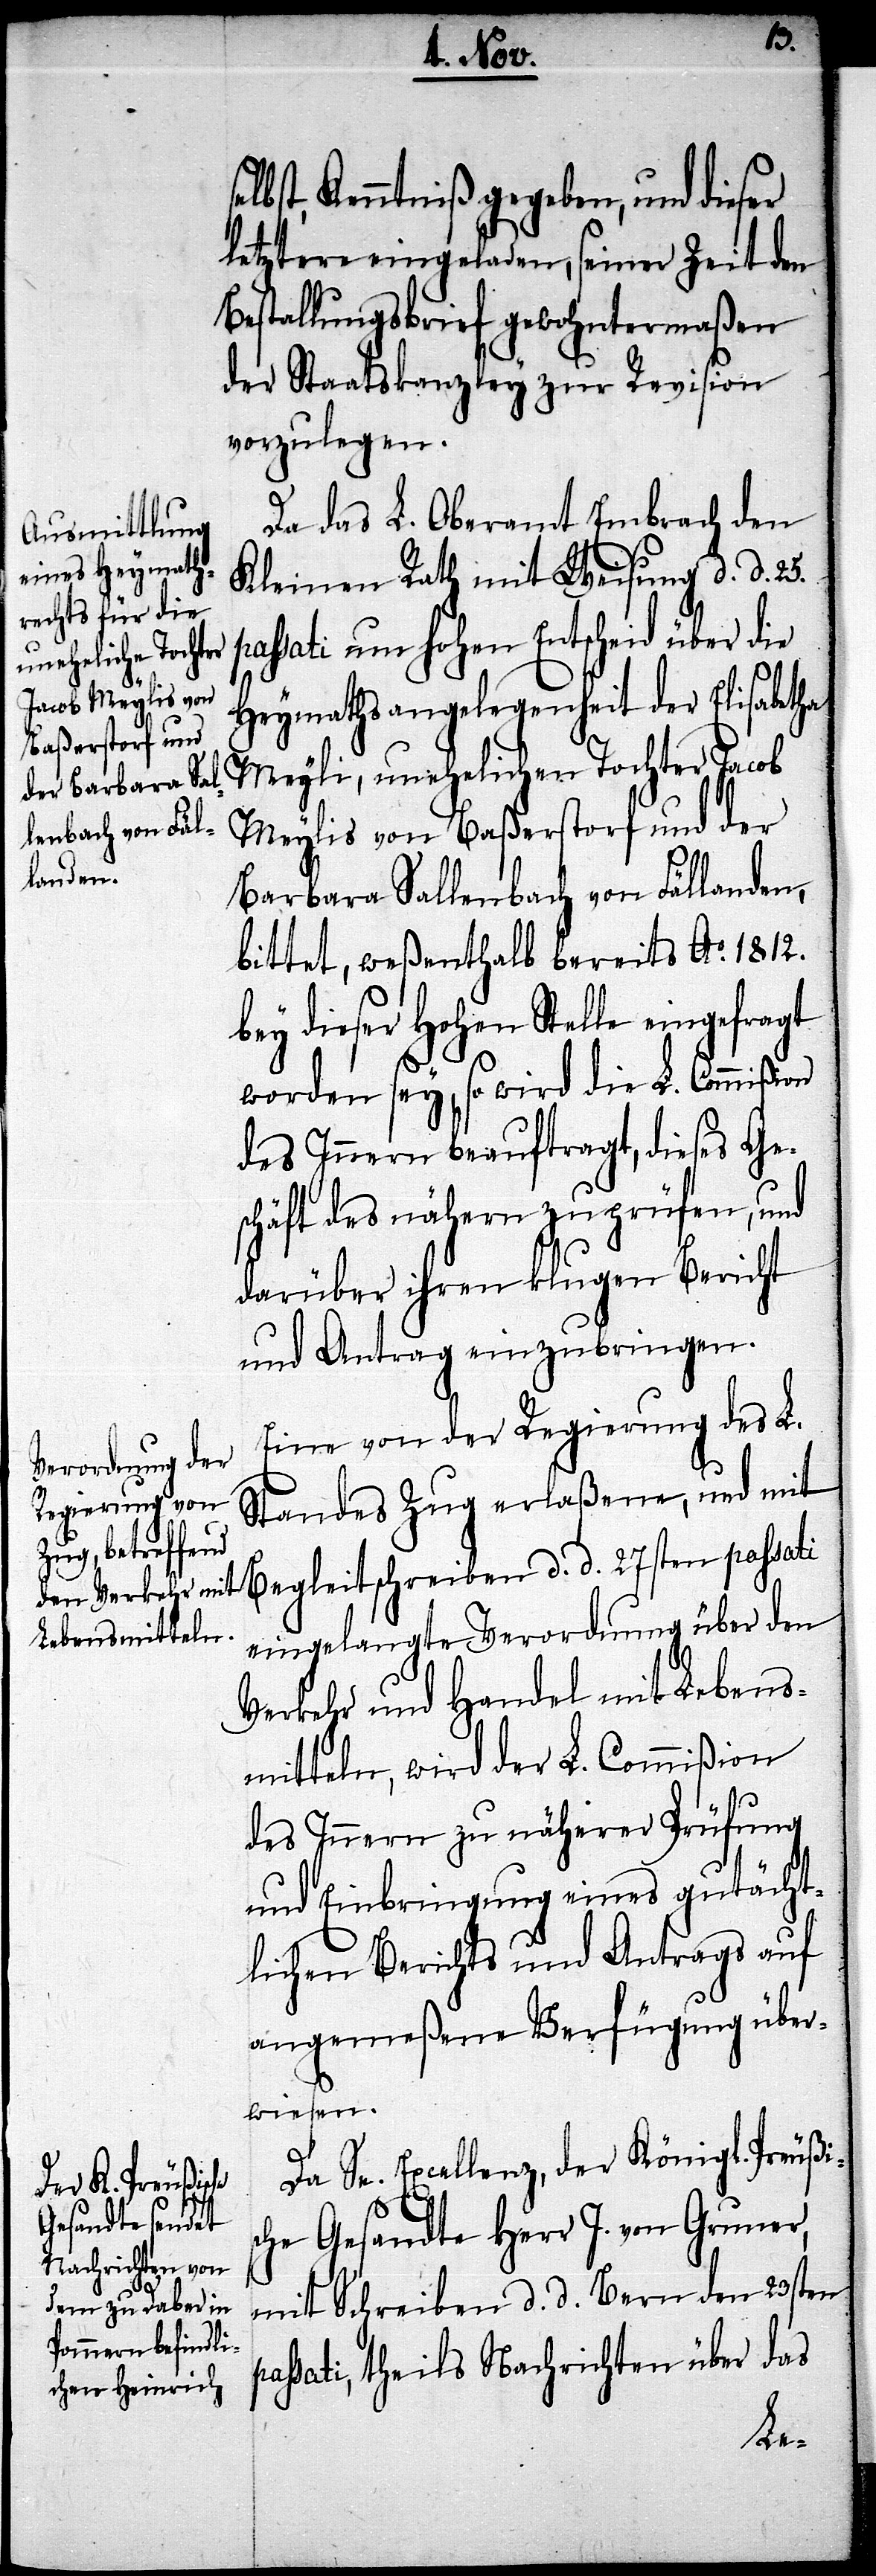
p¬
lbst, Kenntniß gegeben, und dieser
letztere eingeladen, seiner Zeit den
Bestallungsbrief gewohntermaßen
der Staatskanzley zur Revision
vorzulegen.
Da das L. Oberamt Embrach den
Kleinen Rath mit Weisung d. d. 25.
passati um hohen Entscheid über die
Heymathangelegenheit der Elisabetha
Meyli, uneheliche Tochter Jacob
Meylis von Baßerstorf und der
Barbara Sallenbach von Fällanden,
bittet, weßenthalb bereits Ao. 1812.
bey dieser hohen Stelle eingefragt
worden sey, so wird die L. Commißion
des Innern beauftragt, dieses Ge¬
schäft des nähern zu prüfen, und
darüber ihren klugen Bericht
und Antrag einzubringen.
Eine von der Regierung des L.
Standes Zug erlaßene, und mit
Begleitschreiben d. d. 27sten passati
eingelangte Verordnung über den
Verkehr und Handel mit Lebens¬
mitteln, wird der L. Commißion
des Innern zu näherer Prüfung
und Einbringung eines gutächt¬
lichen Berichts und Antrags auf
angemeßene Verfügung über¬
wiesen.
Da Sr. Excellenz, der Königl. Preußis¬
che Gesandte Herr J. von Gruner,
mit Schreiben d. d. Bern den 23sten
assati, theils Nachrichten über das
se¬